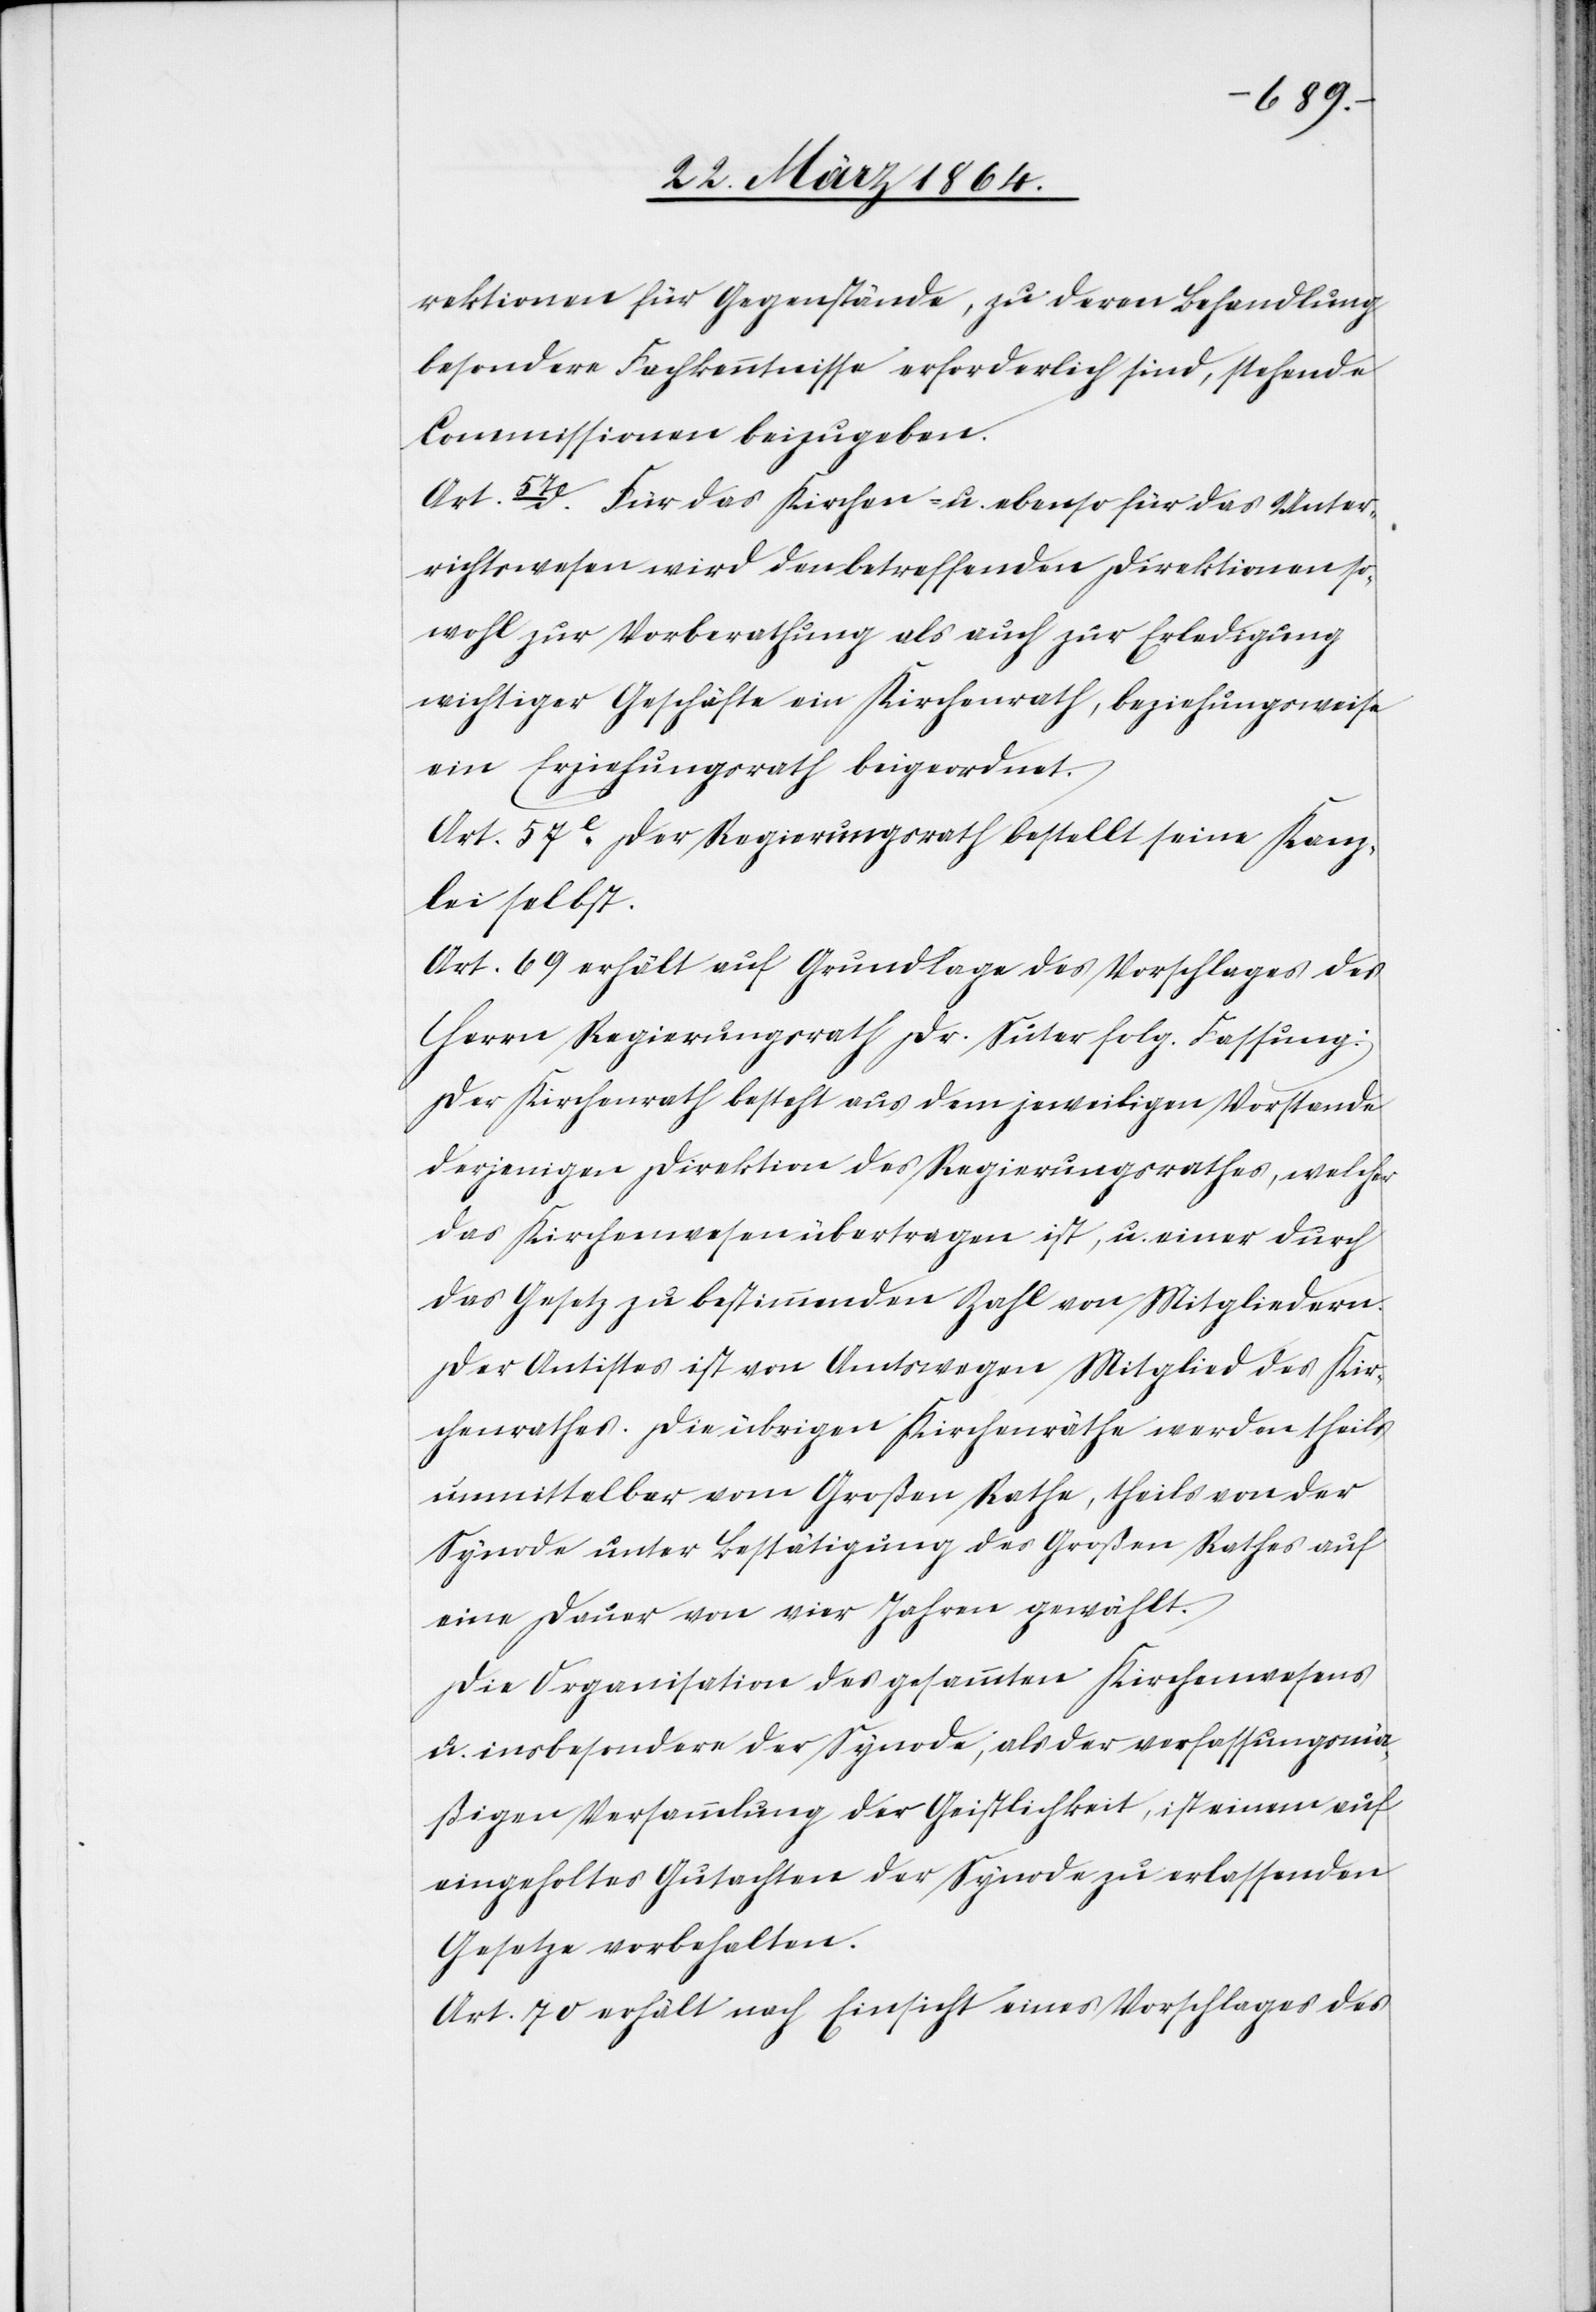
rektionen für Gegenstände, zu deren Behandlung
besondere Fachkenntnisse erforderlich sind, stehende
Commissionen beizugeben.
Art. 57e Für das Kirchen- u. ebenso für das Unter¬
richtswesen wird den betreffenden Direktionen so¬
wohl zur Vorberathung als auch zur Erledigung
wichtiger Geschäfte ein Kirchenrath, beziehungsweise
ein Erziehungsrath beigeordnet.
Art. 57e [sic!] Der Regierungsrath bestellt seine Kanz¬
lei selbst.
Art. 69 erhält auf Grundlage des Vorschlages des
Herrn Regierungsrath Dr. Suter folg. Fassung:
Der Kirchenrath besteht aus dem jeweiligen Vorstande
derjenigen Direktion des Regierungsrathes, welcher
das Kirchenwesen übertragen ist, u. einer durch
das Gesetz zu bestimmenden Zahl von Mitgliedern.
Der Antistes ist von Amtswegen Mitglied des Kir¬
chenrathes. Die übrigen Kirchenräthe werden theils
unmittelbar vom Großen Rathe, theils von der
Synode unter Bestätigung des Großen Rathes auf
eine Dauer von vier Jahren gewählt.
Die Organisation des gesammten Kirchenwesens
u. insbesondere der Synode, als der verfassungsmä¬
ßigen Versammlung der Geistlichkeit, ist einem auf
eingeholtes Gutachten der Synode zu erlassenden
Gesetze vorbehalten.
Art. 70 erhält nach Einsicht eines Vorschlages des